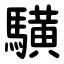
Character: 䮲